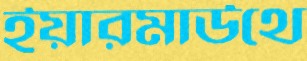
ইয়ারমাউথে